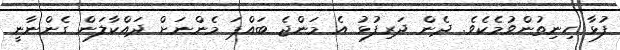
ފުޅާ ހިނިތުންވުމެކެވެ. ދެން ދަރިފުޅު އެ މަންޖެ ބައްޕަ މެންނަށް ދައްކާލަން ގެންނާނީ